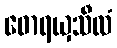
ဓောရယှသီလံ